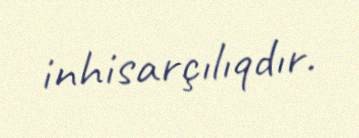
inhisarçılıqdır.